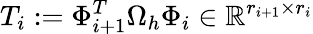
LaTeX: T_{i}:=\Phi_{i+1}^{T}\Omega_{h}\Phi_{i}\in\mathbb{R}^{r_{i+1}\times r_{i}}